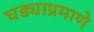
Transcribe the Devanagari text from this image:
घड्याप्रमाणे